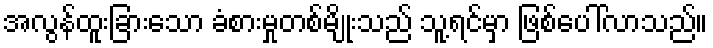
အလွန်ထူးခြားသော ခံစားမှုတစ်မျိုးသည် သူ့ရင်မှာ ဖြစ်ပေါ်လာသည်။